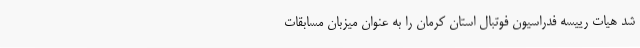
شد هیات رییسه فدراسیون فوتبال استان کرمان را به عنوان میزبان مسابقات